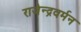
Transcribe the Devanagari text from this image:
राजेन्द्रवर्मन